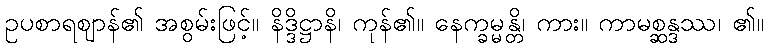
ဥပစာရဈာန်၏ အစွမ်းဖြင့်။ နိဒ္ဒိဋ္ဌာနိ၊ ကုန်၏။ နေက္ခမ္မန္တိ၊ ကား။ ကာမစ္ဆန္ဒဿ၊ ၏။